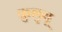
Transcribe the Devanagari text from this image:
कुलुबू